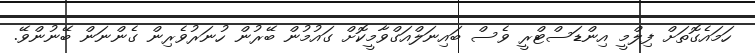
ހަމައެގޮތަށް ފިލްމީ އިންޑަސްޓްރީ ވެސް ބައިނަލްއަގްވާމީކޮށް ގައުމުން ބޭރުން ހުނަރުވެރިން ގެންނަން ބޭނުންވޭ.